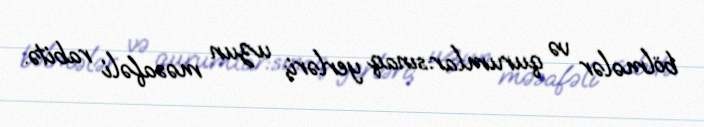
bölmələr və qurumlar:sınaq yerləri; uzun məsafəli rabitə.